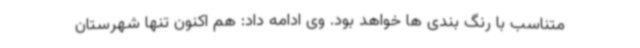
متناسب با رنگ بندی ها خواهد بود. وی ادامه داد: هم اکنون تنها شهرستان